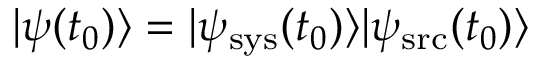
| \psi ( t _ { 0 } ) \rangle = | \psi _ { \mathrm { s y s } } ( t _ { 0 } ) \rangle | \psi _ { \mathrm { s r c } } ( t _ { 0 } ) \rangle